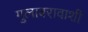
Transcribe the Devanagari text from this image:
गुलाबरावाशी